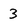
Character: 3